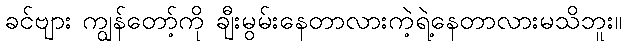
ခင်ဗျား ကျွန်တော့်ကို ချီးမွမ်းနေတာလားကဲ့ရဲ့နေတာလားမသိဘူး။